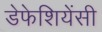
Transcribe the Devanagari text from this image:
डेफेशियेंसी